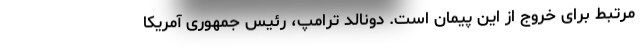
مرتبط برای خروج از این پیمان است. دونالد ترامپ، رئیس جمهوری آمریکا